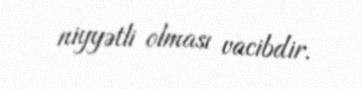
niyyətli olması vacibdir.